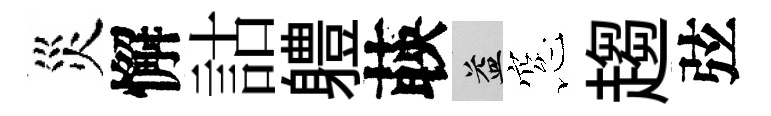
災懈詁軆𦴤益窓趨弦